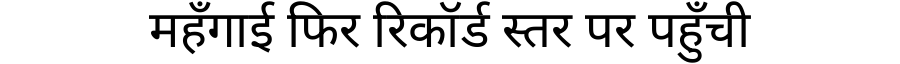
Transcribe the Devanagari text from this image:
महँगाई फिर रिकॉर्ड स्तर पर पहुँची